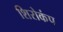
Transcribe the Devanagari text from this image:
शिरोकंप